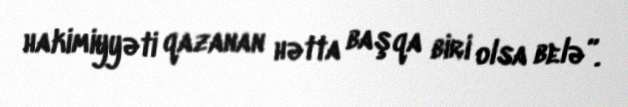
hakimiyyəti qazanan hətta başqa biri olsa belə”.